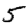
Digit: 5